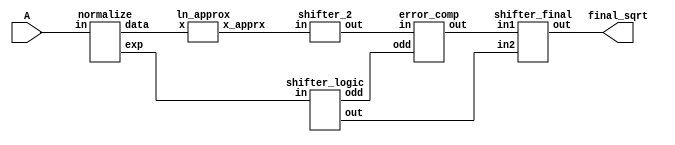
`timescale 1ns / 1ps
module ESAS_integer(input [31:0]A,output [15:0] final_sqrt);
wire [15:0]x,x_apprx,x_apprx2,temp_sqrt;
wire [7:0]k,exp;
wire odd;
normalize nor1(.in(A),.data(x),.exp(k));
ln_approx  ln(.x(x),.x_apprx(x_apprx));
shifter_2 shift1(.in(x_apprx),.out(x_apprx2));
shifter_logic shift2(.in(k),.out(exp),.odd(odd));
error_comp ec(.in(x_apprx2),.odd(odd),.out(temp_sqrt));
shifter_final shift3(.in1(temp_sqrt),.in2(exp),.out(final_sqrt));
endmodule

//normalize the input data into range of 0 to 1
module normalize(
input [31:0]in,output [15:0]data ,output reg [7:0] exp
    );
    reg [7:0] temp; wire [31:0]temp_data;
    assign temp_data=in<<temp;
    assign data=temp_data[31:16];
    always @ (*)
	begin
	if(in[31])
	begin
	exp=8'b00011111;
	temp=8'b00000001;
	end
	else if(in[30])
	begin
	exp=8'b00011110;
	temp=8'b00000010;
	end
	else if(in[29])
	begin
	exp=8'b00011101;
	temp=8'b00000011;
	end
	else if(in[28])
	begin
	exp=8'b00011100;
	temp=8'b00000100;
	end
	else if(in[27])
	begin
	exp=8'b00011011;
	temp=8'b00000101;
	end
	else if(in[26])
	begin
	exp=8'b00011010;
	temp=8'b00000110;
	end
	else if(in[25])
	begin
	exp=8'b00011001;
	temp=8'b00000111;
	end
	else if(in[24])
	begin
	exp=8'b00011000;
	temp=8'b00001000;
	end
	else if(in[23])
	begin
	exp=8'b00010111;
	temp=8'b00001001;
	end
	else if(in[22])
	begin
	exp=8'b00010110;temp=8'b00001010;
	end
	else if(in[21])
	begin
	exp=8'b00010101;temp=8'b00001011;
	end
	else if(in[20])begin
	exp=8'b00010100;temp=8'b00001100;end
	else if(in[19])begin
	exp=8'b00010011; temp=8'b00001101; end
	else if(in[18])begin
	exp=8'b00010010; temp=8'b00001110; end
	else if(in[17])begin
	exp=8'b00010001; temp=8'b00001111; end
	else if(in[16])begin
	exp=8'b00010000;	temp=8'b00010000; end
	else if(in[15])begin
	exp=8'b00001111; temp=8'b00010001; end
	else if(in[14]) begin
	exp=8'b00001110; temp=8'b00010010; end
	else if(in[13]) begin
	exp=8'b00001101; temp=8'b00010011; end
	else if(in[12]) begin
	exp=8'b00001100; temp=8'b00010100; end
	else if(in[11]) begin
	exp=8'b00001011; temp=8'b00010101; end
	else if(in[10]) begin
	exp=8'b00001010; temp=8'b00010110; end
	else if(in[9]) begin
	exp=8'b00001001; temp=8'b00010111; end
	else if(in[8]) begin
	exp=8'b00001000;	temp=8'b00011000; end
      else if (in[7]) begin
     exp=8'b00000111; temp=8'b00011001; end
     else if(in[6]) begin
     exp=8'b00000110; temp=8'b00011010; end
     else if(in[5]) begin
     exp=8'b00000101; temp=8'b00011011; end
     else if(in[4]) begin 
     exp=8'b00000100; temp=8'b00011100; end
     else if(in[3]) begin
     exp=8'b00000011; temp=8'b00011101; end
     else if(in[2]) begin
     exp=8'b00000010; temp=8'b00011110; end
     else if(in[1]) begin
     exp=8'b00000001;    temp=8'b00011111; end
     else begin
     exp=8'b00000000; temp=8'b00100000; end
     end
endmodule

//logarithmic approximation
module ln_approx(input [15:0]x,output reg [15:0]x_apprx);

always @ (*)
if(x[15])
x_apprx=x-16'b0010101111110100;
else
x_apprx=x;

endmodule

module shifter_2(input [15:0]in,output [15:0]out);
reg [15:0] temp;
assign out={1'b1,temp[15:1]};
always @(*)
temp=in>>2'b01;
endmodule

//shifter logic 
module shifter_logic(input [7:0]in,output reg odd,output reg [7:0]out);
always @(*)
if(in[0])
begin
out={in[7:1],1'b0}>>2'b01;
odd=1'b1;
end
else
begin
out=in>>2'b01;
odd=1'b0;
end
endmodule

//error compensation 
module error_comp(input [15:0]in,input odd,output [15:0]out);
reg [15:0]temp,op1,op2,op3;
assign out=(odd)?temp:in;
always @(*)
begin
op1=in>>2'b10;
op2=in>>2'b11;
op3=in>>3'b101;
temp=in+op1+op2+op3;
end
endmodule

//final shifter value
module shifter_final(input [15:0]in1,input [7:0]in2,output reg [15:0]out);
reg [8:0]temp_wire;
always @(*)
begin
if(in2+1'b1==8'b11111111)
out=in1;
else
begin
temp_wire=9'd16-{1'b0,in2+1'b1};
out=in1>>temp_wire;
end
end
endmodule